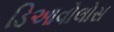
ડિઆવોલોસ